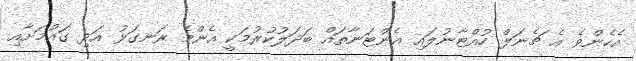
އެހެންވެ އެ ޗެނަލް ހުއްޓާނުލައި އެންޓަނާތައް ބަދަލުކުރުމަކީ އެންމެ ރަނގަޅު އަދި ގައުމަށާއި